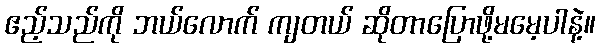
ဧည့်သည်ကို ဘယ်လောက် ကျတယ် ဆိုတာပြောဖို့မမေ့ပါနဲ့။